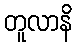
တူလာနိ